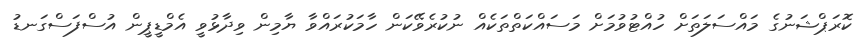
ކޮރަޕްޝަނުގެ މައްސަލަތަށް ހުއްޓުވުމަށް މަސައްކަތްތަކެއް ނުކުރެވޭކަން ހާމަކުރައްވާ ޔާމިން ވިދާޅުވީ އެމްޑީޕީން އުސްފަސްގަނޑު